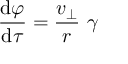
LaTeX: { \frac { \mathrm { { d } } \varphi } { \mathrm { { d } } \tau } } = { \frac { v _ { \perp } } { r } } \ \gamma